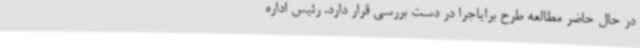
در حال حاضر مطالعه طرح برایاجرا در دست بررسی قرار دارد. رئیس اداره